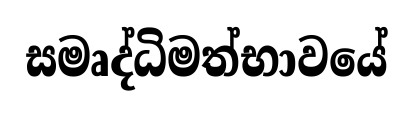
සමෘද්ධිමත්භාවයේ